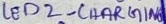
Text: LED2 - CHARGING